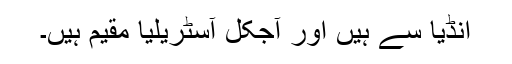
انڈیا سے ہیں اور آجکل آسٹریلیا مقیم ہیں۔